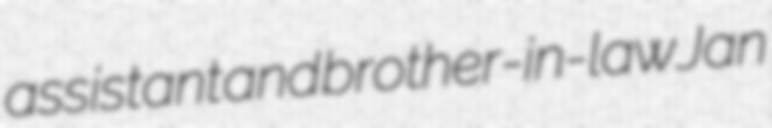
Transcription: assistant and brother-in-law Jan